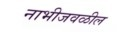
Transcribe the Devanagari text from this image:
नाभीजवळील